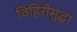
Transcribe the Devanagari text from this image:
विहिरीसुद्धा